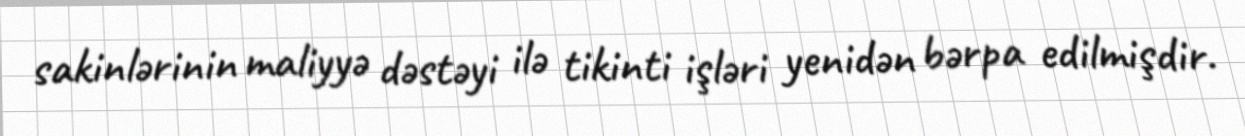
sakinlərinin maliyyə dəstəyi ilə tikinti işləri yenidən bərpa edilmişdir.